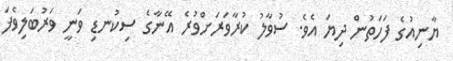
ޔާނިއުގެ ފަހަތުން ދިޔަ އެވެ. ސުވާލު ކުރާވަރަށްވުރެ އޭނާގެ ސިކުނޑި ވަނީ ވަރުބަލިވެފަ